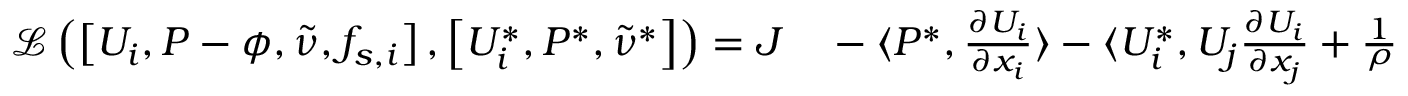
\begin{array} { r l } { \mathcal { L } \left( \left[ U _ { i } , P - \phi , \tilde { \nu } , f _ { s , i } \right] , \left[ U _ { i } ^ { * } , P ^ { * } , \tilde { \nu } ^ { * } \right] \right) = J } & { { } - \langle P ^ { * } , \frac { \partial U _ { i } } { \partial x _ { i } } \rangle - \langle U _ { i } ^ { * } , U _ { j } \frac { \partial U _ { i } } { \partial x _ { j } } + \frac { 1 } { \rho } \frac { \partial \left( P - \phi \right) } { \partial x _ { i } } - \frac { \partial ( 2 \left( \nu + \nu _ { t } \right) S _ { i j } ) } { \partial x _ { j } } - f _ { s , i } \rangle } \end{array}